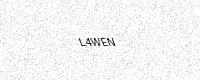
Text: L4WEN